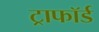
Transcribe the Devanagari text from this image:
ट्राफॉर्ड